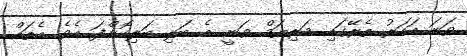
ވަނަ އަހަރު ތެރޭގައި މަރިޔަމް ވަނީ އެ ބަލި ބަލިކޮށްފަ އެވެ. އެތައް